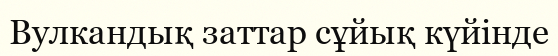
Вулкандық заттар сұйық күйінде